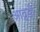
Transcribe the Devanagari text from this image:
आठ्वडी